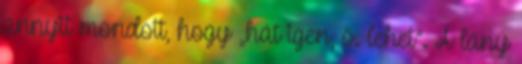
annyit mondott, hogy „hát igen, ö. lehet”. A lány